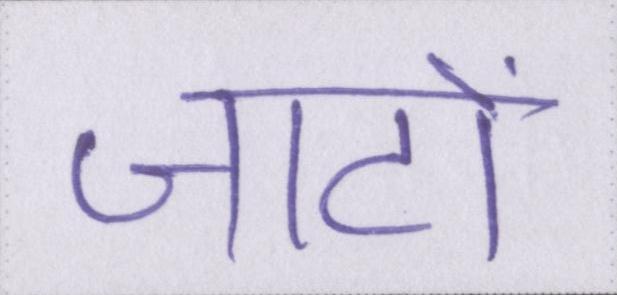
जाटों